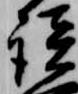
談